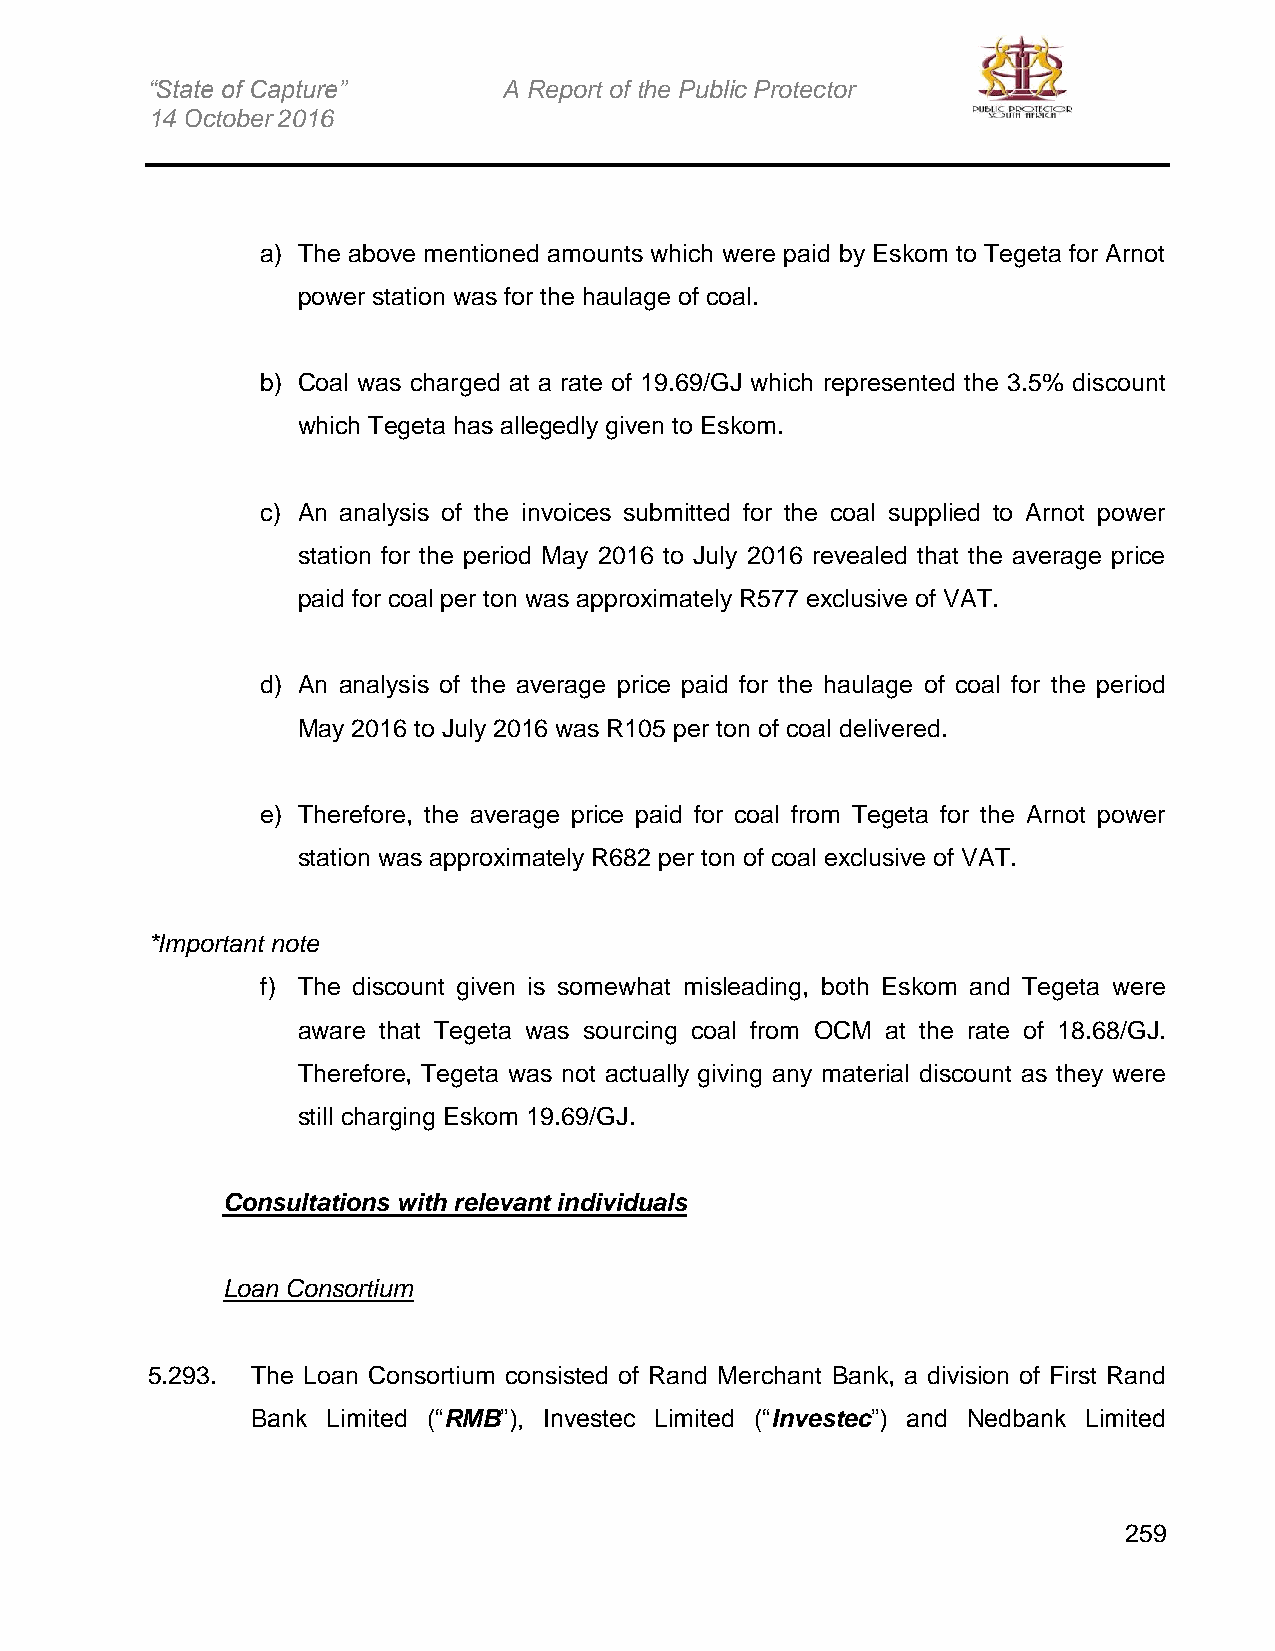
“State of Capture”     A Report of the Public Protector
 14 October 2016
 a) The above mentioned amounts which were paid by Eskom to Tegeta for Arnot
 power station was for the haulage of coal.
 b) Coal was charged at a rate of 19.69/GJ which represented the 3.5% discount
 which Tegeta has allegedly given to Eskom.
 c) An analysis of the invoices submitted for the coal supplied to Arnot power
 station for the period May 2016 to July 2016 revealed that the average price
 paid for coal per ton was approximately R577 exclusive of VAT.
 d) An analysis of the average price paid for the haulage of coal for the period
 May 2016 to July 2016 was R105 per ton of coal delivered.
 e) Therefore, the average price paid for coal from Tegeta for the Arnot power
 station was approximately R682 per ton of coal exclusive of VAT.
 *Important note
 f) The discount given is somewhat misleading, both Eskom and Tegeta were
 aware that Tegeta was sourcing coal from OCM at the rate of 18.68/GJ.
 Therefore, Tegeta was not actually giving any material discount as they were
 still charging Eskom 19.69/GJ.
 Consultations with relevant individuals
 Loan Consortium
 5.293. The Loan Consortium consisted of Rand Merchant Bank, a division of First Rand
 Bank Limited (“RMB”), Investec Limited (“Investec”) and Nedbank Limited
 259